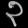
Digit: ၃